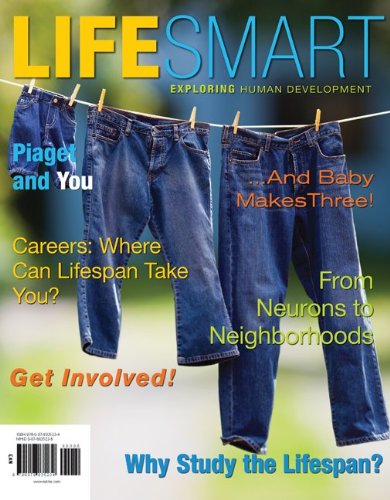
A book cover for LifeSmart; Lisa Fiore; Health, Fitness & Dieting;